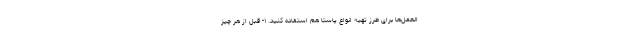
العمل‌ها برای طرز تهیه انواع پاستا هم استفاده کنید. ۱- قبل از هر چیز